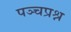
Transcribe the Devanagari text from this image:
पञ्चप्रश्न